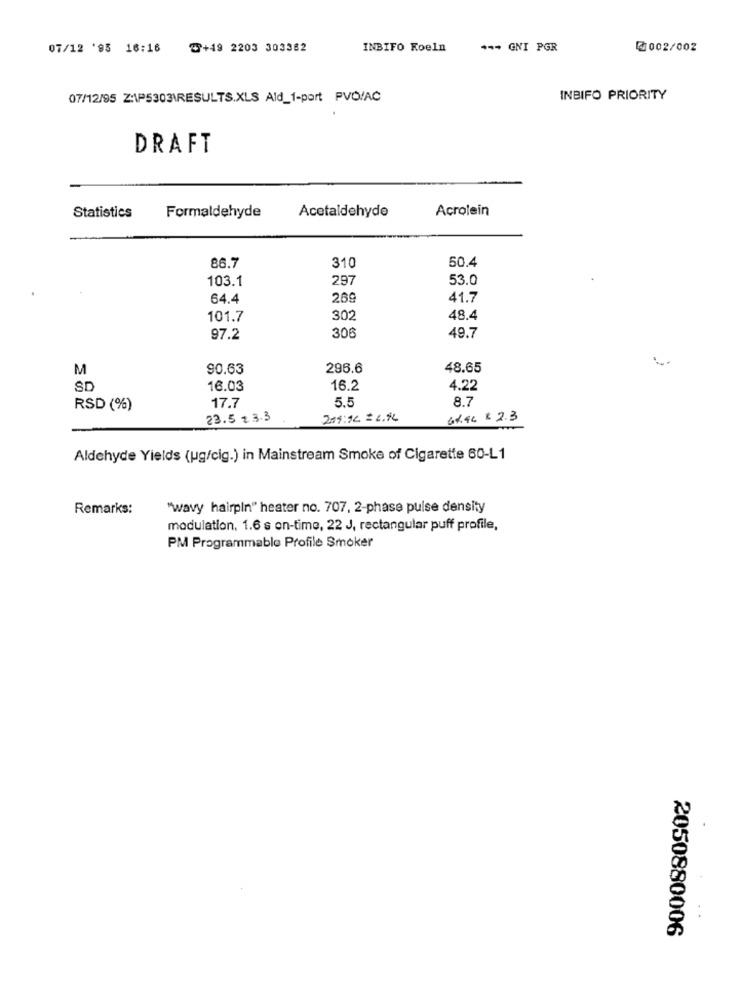
07/12 '95 16:16 2+49 2203 303382
INBIFO Koeln
**- GNI PGR
002/002
07/12/95 Z:\P5303\RESULTS.XLS Ald_1-part PVC/AC
INBIFO PRIORITY
DRAFT
Statistics
Formaldehyde
Acetaldehyde
Acrolein
310
50.4
86.7
103.1
297
53.0
64.4
269
41.7
101.7
302
48.4
97.2
306
49.7
M
90.63
296.6
48.65
SD
16.03
16.2
4.22
5.5
8.7
RSD (%)
17.7
23.5 t 3.3
44.44 $ 2.3
Aldehyde Yields (ug/cig.) in Mainstream Smoke of Cigarette 60-L1
Remarks:
"wavy hairpin" heater no. 707, 2-phase pulse density
modulation, 1.6 s on-time, 22 J, rectangular puff profile,
PM Programmable Profile Smoker
2050880006